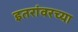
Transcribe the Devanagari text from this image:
इतरांवरच्या